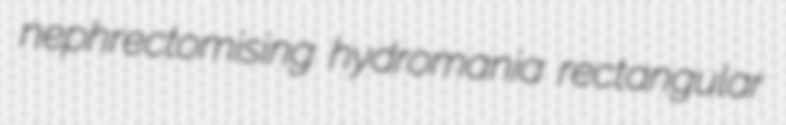
nephrectomising hydromania rectangular